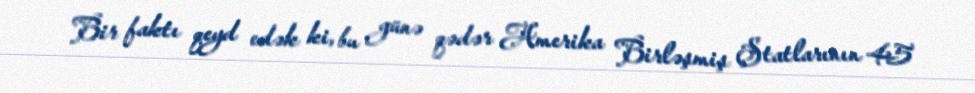
Bir faktı qeyd edək ki, bu günə qədər Amerika Birləşmiş Ştatlarının 45